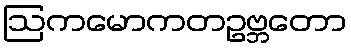
ဩကမောကတဥဗ္ဘတော